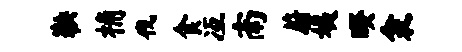
鞅桷伐食冱南蔚姨暌衾